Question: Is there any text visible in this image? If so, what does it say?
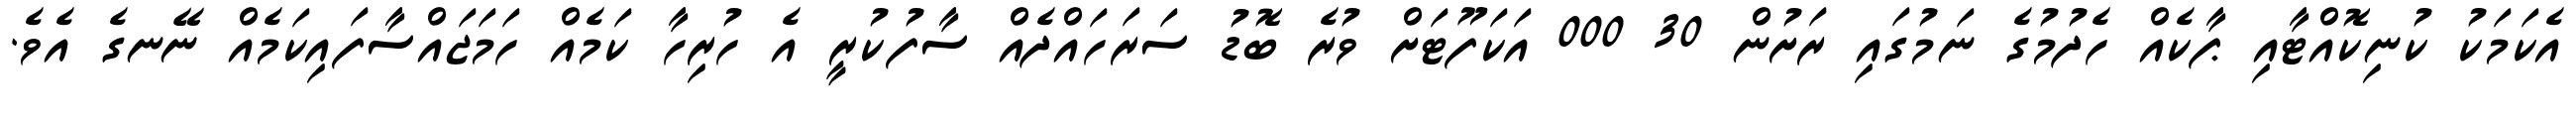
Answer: އެކަމަކު ކުނިކޮއްޓާއި ޕާކެއް ހެދުމުގެ ނަމުގައި ރަށުން 30 000 އަކަފޫޓަށް ވުރެ ބޮޑު ސަރަހައްދެއް ސާފުކުރީ އެ ހުރިހާ ކަމެއް ހަމަޖައްސާފައިކަމެއް ނޭނގެ އެވެ.